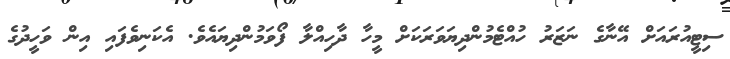
ސިޓީއުރައަށް އޭނާގެ ނަޒަރު ހުއްޓެމުންދިޔަވަރަކަށް މީހާ ދާހިއްލާ ފޯވަމުންދިޔައެވެ. އެކަނިވެފައި އިން ވަހީދުގެ